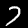
Digit: 7